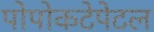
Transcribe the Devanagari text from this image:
पोपोकटेपेटल